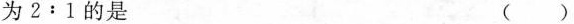
为$$2 : 1$$的是 ( )